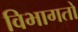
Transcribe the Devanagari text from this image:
विभागतो